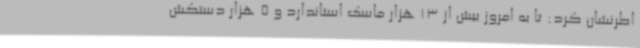
اطرنشان کرد: تا به امروز بیش از 13 هزار ماسک استاندارد و 5 هزار دستکش